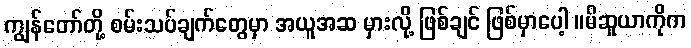
ကျွန်တော်တို့ စမ်းသပ်ချက်တွေမှာ အယူအဆ မှားလို့ ဖြစ်ချင် ဖြစ်မှာပေါ့ ။မိဆူယာကိုက